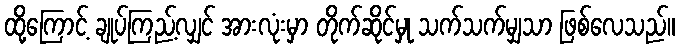
ထို့ကြောင့် ချုပ်ကြည့်လျှင် အားလုံးမှာ တိုက်ဆိုင်မှု သက်သက်မျှသာ ဖြစ်လေသည်။